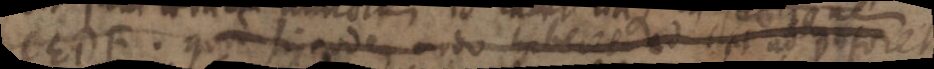
CEDF. qui si eodem modo habet et ad foret